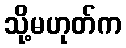
သို့မဟုတ်က